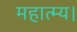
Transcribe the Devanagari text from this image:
महात्म्य।